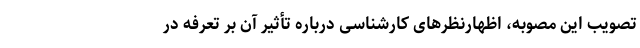
تصویب این مصوبه، اظهارنظرهای کارشناسی درباره تأثیر آن بر تعرفه در